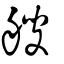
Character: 艘